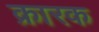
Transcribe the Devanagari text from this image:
क्रारक